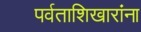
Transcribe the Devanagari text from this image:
पर्वताशिखारांना